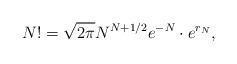
LaTeX: \begin{align*}N!=\sqrt{2\pi} N^{N+1/2} e^{-N}\cdot e^{r_N},\end{align*}